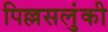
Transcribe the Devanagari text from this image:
पिल्लसलुंकी